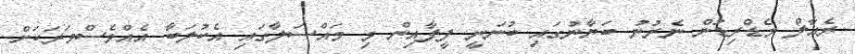
ރެއާލް މެޑްރިޑުން ނެރުނު ބަޔާނުގައި ބުނަނީ ފީފާއިން މި މައްސަލާގައި އެކުލަބާ އެއްވެސްވަރަކަށް